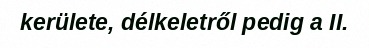
kerülete, délkeletről pedig a II.